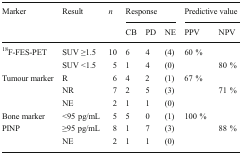
| <ROWSPAN=2> Marker | <ROWSPAN=2> Result | <ROWSPAN=2> n | <COLSPAN=3> Response | <COLSPAN=2> Predictive value |
 | CB | PD | NE | PPV | NPV |
 | --- | --- | --- | --- | --- | --- | --- | --- |
 | <ROWSPAN=2> 18F-FES-PET | SUV ≥1.5 | 10 | 6 | 4 | (4) | 60 % |  |
 | SUV <1.5 | 5 | 1 | 4 | (0) |  | 80 % |
 | <ROWSPAN=3> Tumour marker | R | 6 | 4 | 2 | (1) | 67 % |  |
 | NR | 7 | 2 | 5 | (3) |  | 71 % |
 | NE | 2 | 1 | 1 | (0) |  |  |
 | Bone marker | <95 pg/mL | 5 | 5 | 0 | (1) | 100 % |  |
 | <ROWSPAN=2> PINP | ≥95 pg/mL | 8 | 1 | 7 | (3) |  | 88 % |
 | NE | 2 | 1 | 1 | (0) |  |  |